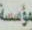
مؤسسة